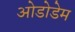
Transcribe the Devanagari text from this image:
ओडोडेम